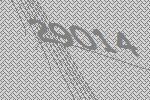
29014